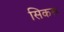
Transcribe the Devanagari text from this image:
सिकरू